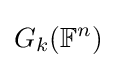
G_{k}(\mathbb {F} ^{n})